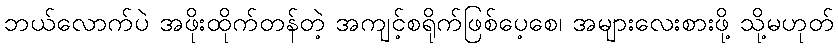
ဘယ်လောက်ပဲ အဖိုးထိုက်တန်တဲ့ အကျင့်စရိုက်ဖြစ်ပေ့စေ၊ အများလေးစားဖို့ သို့မဟုတ်